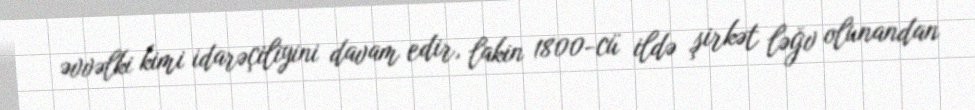
əvvəlki kimi idarəçiliyini davam edir, lakin 1800-cü ildə şirkət ləğv olunandan